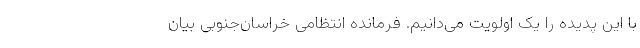
با این پدیده را یک اولویت می‌دانیم. فرمانده انتظامی خراسان‌جنوبی بیان‌